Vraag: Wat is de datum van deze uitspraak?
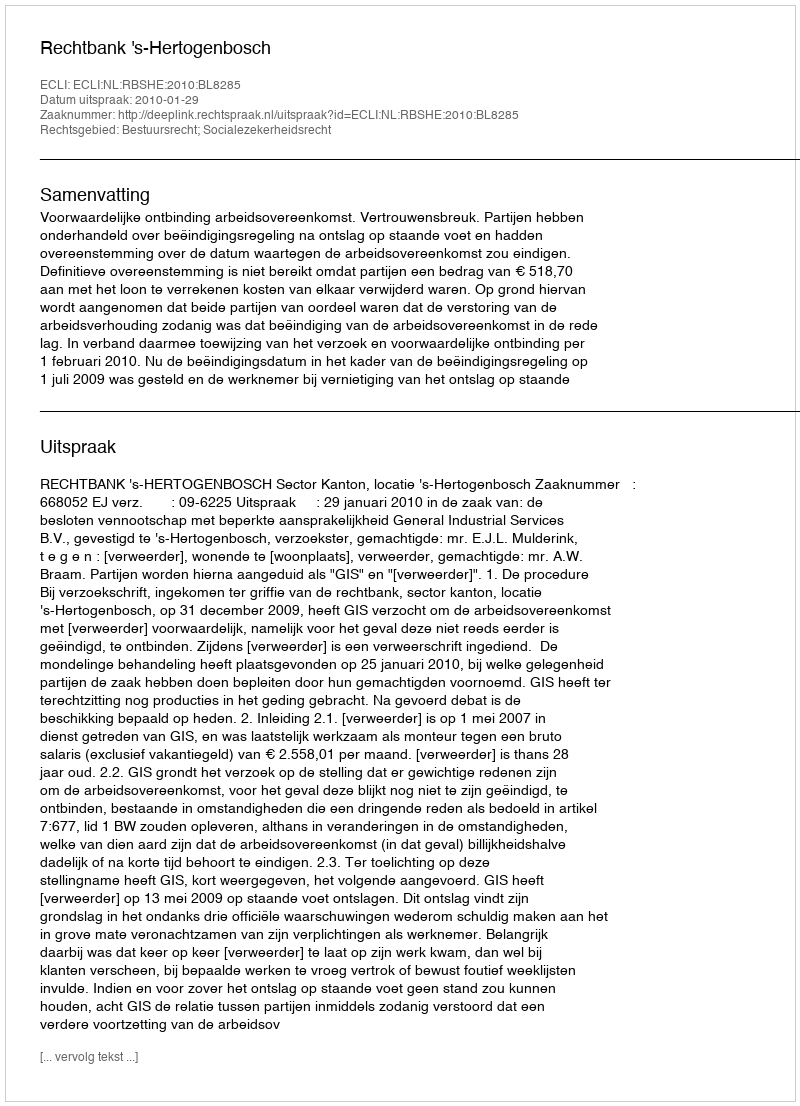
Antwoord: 2010-01-29